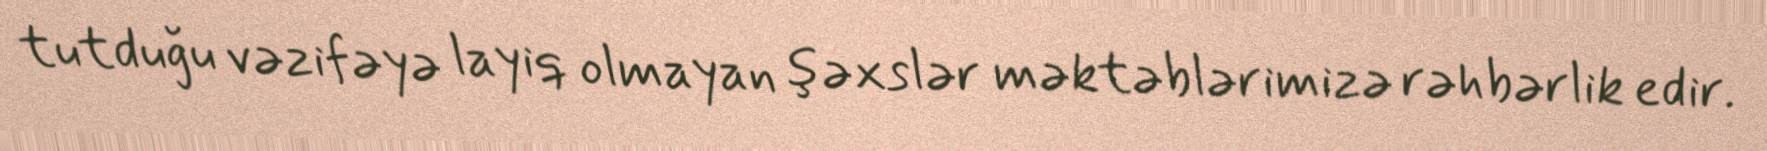
tutduğu vəzifəyə layiq olmayan şəxslər məktəblərimizə rəhbərlik edir.